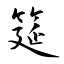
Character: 筵